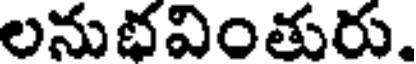
లనుభవింతురు.